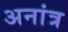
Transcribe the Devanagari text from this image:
अनांत्र